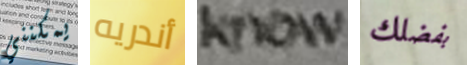
يمكنني أندريه know بفضلك